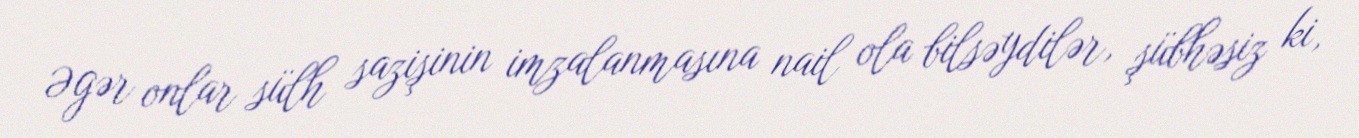
Əgər onlar sülh sazişinin imzalanmasına nail ola bilsəydilər, şübhəsiz ki,